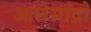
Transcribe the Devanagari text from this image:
आलेसांद्रो